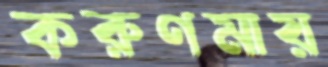
করুণমায়